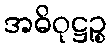
အဓိဝုဋ္ဌဉ္စ